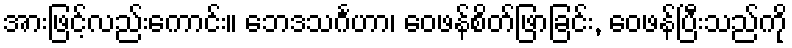
အားဖြင့်လည်းကောင်း။ ဘေဒသင်္ဂဟာ၊ ဝေဖန်စိတ်ဖြာခြင်း, ဝေဖန်ပြီးသည်ကို